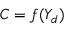
C = f ( Y _ { d } )